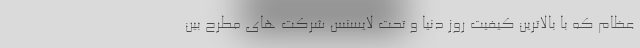
عظام که با بالاترین کیفیت روز دنیا و تحت لایسنس شرکت های مطرح بین